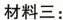
材料三：